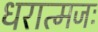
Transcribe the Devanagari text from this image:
धरात्मजः